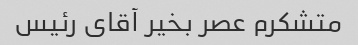
متشکرم عصر بخیر آقای رئیس